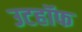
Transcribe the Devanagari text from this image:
उटहॉफ